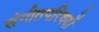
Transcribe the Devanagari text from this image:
संगीतपरिषदों